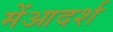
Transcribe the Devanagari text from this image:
मेंआदर्श